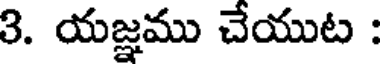
3. యజ్ఞము చేయుట :